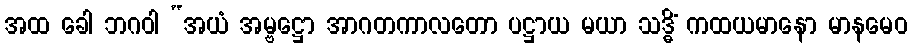
အထ ခေါ ဘဂဝါ “အယံ အမ္ဗဋ္ဌော အာဂတကာလတော ပဋ္ဌာယ မယာ သဒ္ဓိံ ကထယမာနော မာနမေဝ